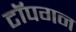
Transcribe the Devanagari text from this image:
टॉपगन